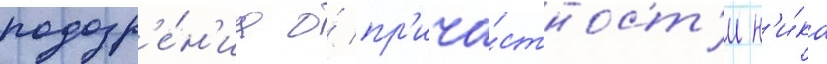
подозр'е́н'иа о́ пр'ича́стност'и н'и́ка